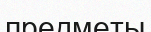
предметы